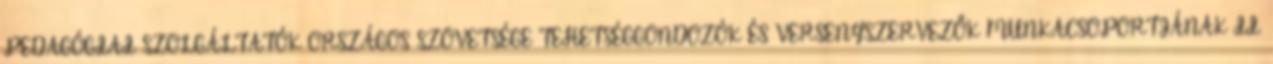
PEDAGÓGIAI SZOLGÁLTATÓK ORSZÁGOS SZÖVETSÉGE TEHETSÉGGONDOZÓK ÉS VERSENYSZERVEZŐK MUNKACSOPORTJÁNAK II.